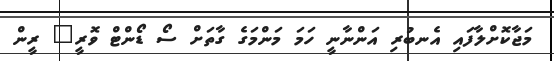
މަޖާކޮށްލާފައި އެނބުރި އަންނާނީ ހަމަ މަންމަގެ ގާތަށް ސޯ ޑޯންޓް ވޮރީ" ރީން